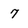
Character: 7